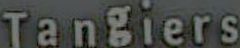
Tangiers